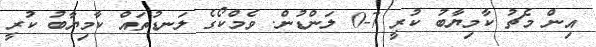
އިން މެޗު ކާމިޔާބު ކުރީ 7-0 ލަންޑުން. ވެމްކޯގެ ލަނޑުތައް ކާމިޔާބު ކުރީ